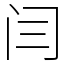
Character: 闫